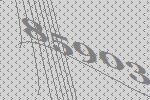
85903